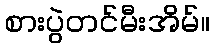
စားပွဲတင်မီးအိမ်။